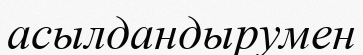
асылдандырумен